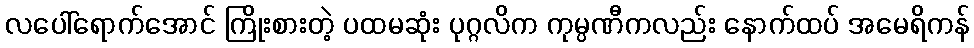
လပေါ်ရောက်အောင် ကြိုးစားတဲ့ ပထမဆုံး ပုဂ္ဂလိက ကုမ္ပဏီကလည်း နောက်ထပ် အမေရိကန်